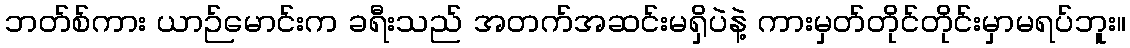
ဘတ်စ်ကား ယာဉ်မောင်းက ခရီးသည် အတက်အဆင်းမရှိပဲနဲ့ ကားမှတ်တိုင်တိုင်းမှာမရပ်ဘူး။